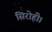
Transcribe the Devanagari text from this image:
सिरोही।